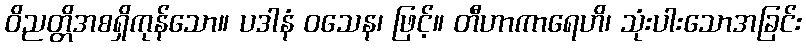
ဝိညတ္တိအစရှိကုန်သော။ ပဒါနံ ဝသေန၊ ဖြင့်။ တီဟာကာရေဟိ၊ သုံးပါးသောအခြင်း